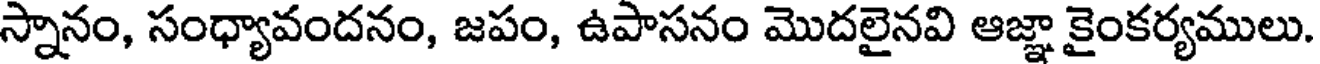
స్నానం, సంధ్యావందనం, జపం, ఉపాసనం మొదలైనవి ఆజ్ఞా కైంకర్యములు.